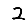
Digit: 2